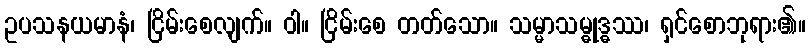
ဥပသနယမာနံ၊ ငြိမ်းစေလျက်။ ဝါ။ ငြိမ်းစေ တတ်သော။ သမ္မာသမ္ဓုဒ္ဓဿ၊ ရှင်စောဘုရား၏။